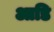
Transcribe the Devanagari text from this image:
आडि